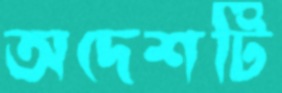
অদেশটি